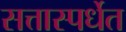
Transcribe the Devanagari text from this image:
सत्तास्पर्धेत